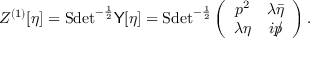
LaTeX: Z ^ { ( 1 ) } [ \eta ] = \mathrm { S d e t } ^ { - \frac 1 2 } { \sf Y } [ \eta ] = \mathrm { S d e t } ^ { - \frac 1 2 } \left( \begin{array} { c c } { { p ^ { 2 } } } & { { \lambda \bar { \eta } } } \\ { { \lambda \eta } } & { { i p \llap / } } \end{array} \right) .